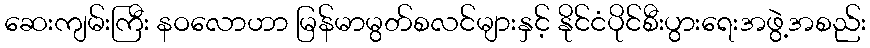
ဆေးကျမ်းကြီး နဝလောဟာ မြန်မာမွတ်စလင်များနှင့် နိုင်ငံပိုင်စီးပွားရေးအဖွဲ့အစည်း